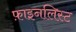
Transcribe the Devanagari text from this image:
फ़ाइनलिस्ट